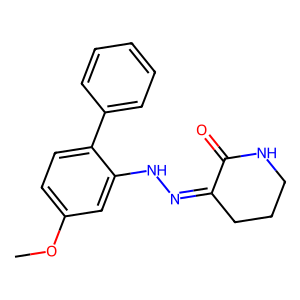
SMILES: COc1ccc(-c2ccccc2)c(NN=C2CCCNC2=O)c1
Inhibits HIV replication: No